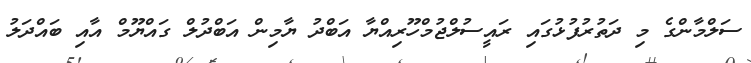
ސަލްމާންގެ މި ދަތުރުފުޅުގައި ރައީސުލްޖުމްހޫރިއްޔާ އަބްދު ޔާމިން އަބްދުލް ގައްޔޫމް އާއި ބައްދަލު